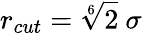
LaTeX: r_{cut}=\sqrt[6]{2}~\sigma